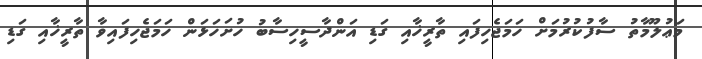
މަޢުލޫމާތު ސާފުކުރުމަށް ހަމަޖެހިފައި ތާރީޚާއި ގަޑި އަންދާސީހިސާބު ހުށަހަޅަން ހަމަޖެހިފައިވާ ތާރީޚާއި ގަޑި